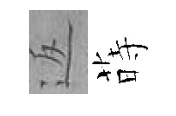
返蒔